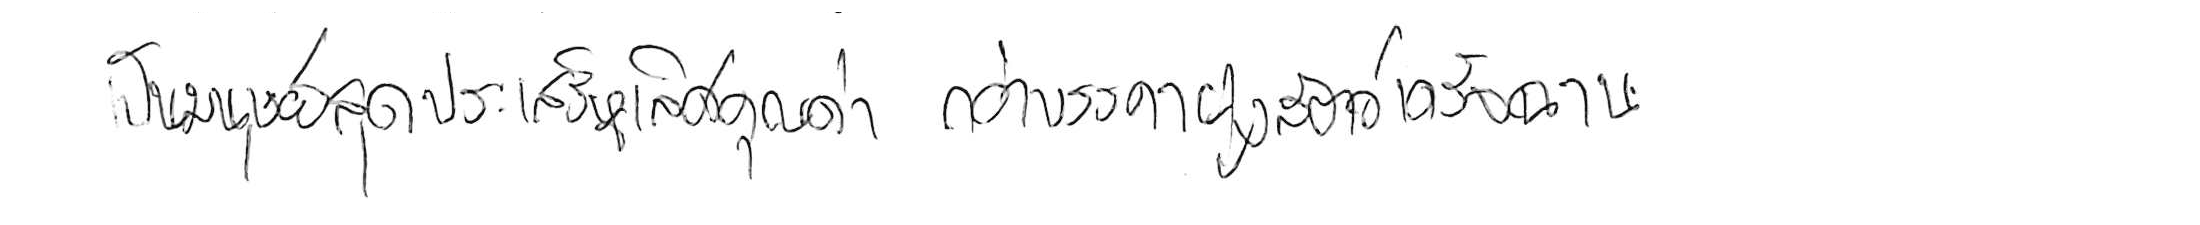
เป็นมนุษย์สุดประเสริฐเลิศคุณค่า กว่าบรรดาฝูงสัตว์เดรัจฉาน